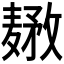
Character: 𱋤